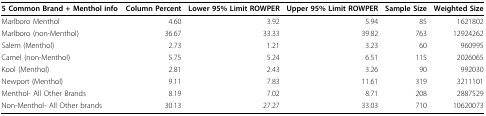
| 5 Common Brand + Menthol info | Column Percent | Lower 95% Limit ROWPER | Upper 95% Limit ROWPER | Sample Size | Weighted Size |
 | --- | --- | --- | --- | --- | --- |
 | Marlboro Menthol | 4.60 | 3.92 | 5.94 | 85 | 1621802 |
 | Marlboro (non-Menthol) | 36.67 | 33.33 | 39.82 | 763 | 12924262 |
 | Salem (Menthol) | 2.73 | 1.21 | 3.23 | 60 | 960995 |
 | Camel (non-Menthol) | 5.75 | 5.24 | 6.51 | 115 | 2026065 |
 | Kool (Menthol) | 2.81 | 2.43 | 3.26 | 90 | 992030 |
 | Newport (Menthol) | 9.11 | 7.83 | 11.61 | 319 | 3211101 |
 | Menthol- All Other Brands | 8.19 | 7.02 | 8.71 | 208 | 2887529 |
 | Non-Menthol- All Other brands | 30.13 | 27.27 | 33.03 | 710 | 10620073 |